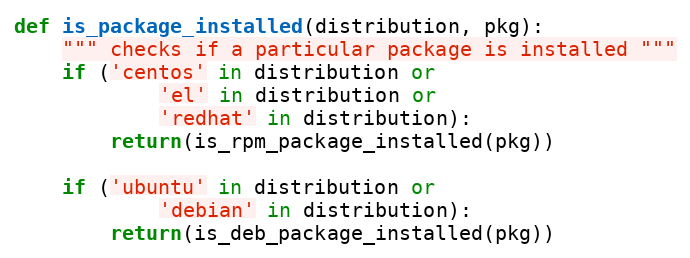
Language: Python
def is_package_installed(distribution, pkg):
    """ checks if a particular package is installed """
    if ('centos' in distribution or
            'el' in distribution or
            'redhat' in distribution):
        return(is_rpm_package_installed(pkg))

    if ('ubuntu' in distribution or
            'debian' in distribution):
        return(is_deb_package_installed(pkg))